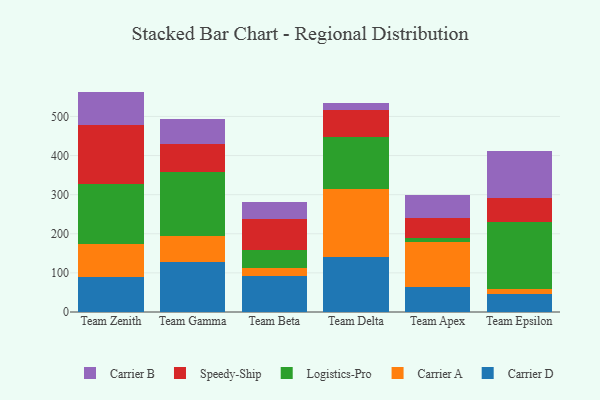
{"axis": {"x": "Team", "y": "Operating Costs (USD K)"}, "legend": ["Carrier A", "Carrier B", "Carrier D", "Logistics-Pro", "Speedy-Ship"], "data": [{"x": "Team Zenith", "y": 89.9, "type": "Carrier D"}, {"x": "Team Zenith", "y": 84.7, "type": "Carrier A"}, {"x": "Team Zenith", "y": 152.0, "type": "Logistics-Pro"}, {"x": "Team Zenith", "y": 150.5, "type": "Speedy-Ship"}, {"x": "Team Zenith", "y": 86.4, "type": "Carrier B"}, {"x": "Team Gamma", "y": 126.9, "type": "Carrier D"}, {"x": "Team Gamma", "y": 67.4, "type": "Carrier A"}, {"x": "Team Gamma", "y": 164.4, "type": "Logistics-Pro"}, {"x": "Team Gamma", "y": 71.2, "type": "Speedy-Ship"}, {"x": "Team Gamma", "y": 62.9, "type": "Carrier B"}, {"x": "Team Beta", "y": 93.1, "type": "Carrier D"}, {"x": "Team Beta", "y": 18.3, "type": "Carrier A"}, {"x": "Team Beta", "y": 47.2, "type": "Logistics-Pro"}, {"x": "Team Beta", "y": 78.2, "type": "Speedy-Ship"}, {"x": "Team Beta", "y": 43.6, "type": "Carrier B"}, {"x": "Team Delta", "y": 139.7, "type": "Carrier D"}, {"x": "Team Delta", "y": 175.5, "type": "Carrier A"}, {"x": "Team Delta", "y": 132.9, "type": "Logistics-Pro"}, {"x": "Team Delta", "y": 67.8, "type": "Speedy-Ship"}, {"x": "Team Delta", "y": 19.2, "type": "Carrier B"}, {"x": "Team Apex", "y": 62.7, "type": "Carrier D"}, {"x": "Team Apex", "y": 117.5, "type": "Carrier A"}, {"x": "Team Apex", "y": 9.2, "type": "Logistics-Pro"}, {"x": "Team Apex", "y": 50.8, "type": "Speedy-Ship"}, {"x": "Team Apex", "y": 58.8, "type": "Carrier B"}, {"x": "Team Epsilon", "y": 46.3, "type": "Carrier D"}, {"x": "Team Epsilon", "y": 13.7, "type": "Carrier A"}, {"x": "Team Epsilon", "y": 169.9, "type": "Logistics-Pro"}, {"x": "Team Epsilon", "y": 60.3, "type": "Speedy-Ship"}, {"x": "Team Epsilon", "y": 121.0, "type": "Carrier B"}]}